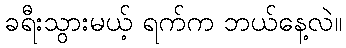
ခရီးသွားမယ့် ရက်က ဘယ်နေ့လဲ။